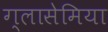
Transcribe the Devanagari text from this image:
ग्लासेमिया